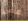
فمي